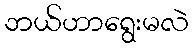
ဘယ်ဟာရွေးမလဲ